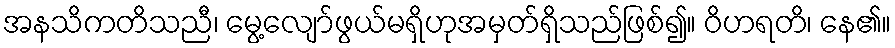
အနသိကတိသညီ၊ မွေ့လျော်ဖွယ်မရှိဟုအမှတ်ရှိသည်ဖြစ်၍။ ဝိဟရတိ၊ နေ၏။